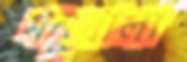
মনুবালা